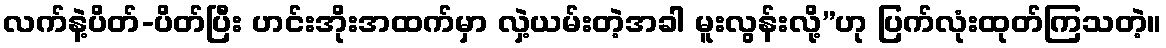
လက်နဲ့ပိတ်-ပိတ်ပြီး ဟင်းအိုးအထက်မှာ လှဲ့ယမ်းတဲ့အခါ မူးလွန်းလို့”ဟု ပြက်လုံးထုတ်ကြသတဲ့။